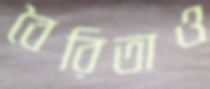
বৈরিতাও